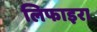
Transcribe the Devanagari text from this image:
लिफाइरा